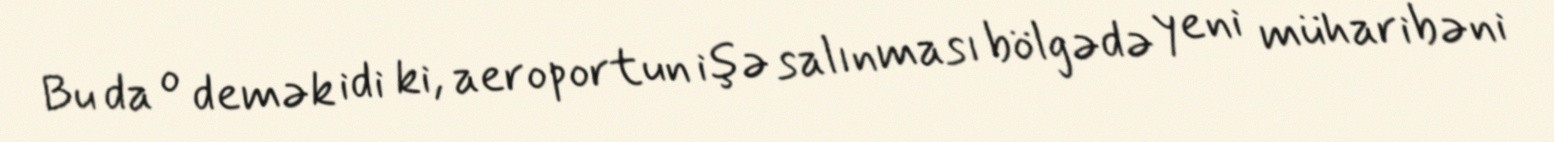
Bu da o demək idi ki, aeroportun işə salınması bölgədə yeni müharibəni